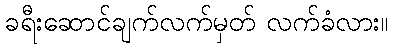
ခရီးဆောင်ချက်လက်မှတ် လက်ခံလား။